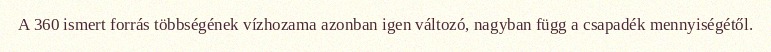
A 360 ismert forrás többségének vízhozama azonban igen változó, nagyban függ a csapadék mennyiségétől.